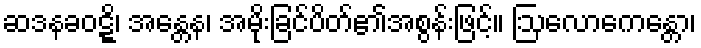
ဆဒနခဝဋ္ဋိ၊ အန္တေန၊ အမိုးခြင်ပိတ်၏အစွန်းဖြင့်။ ဩလောကေန္တော၊